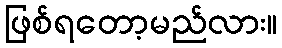
ဖြစ်ရတော့မည်လား။